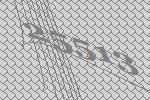
25513